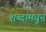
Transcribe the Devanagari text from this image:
शब्दांमधुन